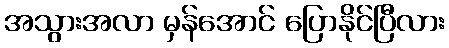
အသွားအလာ မှန်အောင် ပြောနိုင်ပြီလား